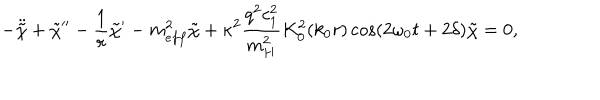
- \ddot { \tilde { \chi } } + \tilde { \chi } ^ { \prime \prime } - \frac { 1 } { r } \tilde { \chi } ^ { \prime } - m _ { e f f } ^ { 2 } \tilde { \chi } + \kappa ^ { 2 } \frac { q ^ { 2 } c _ { 1 } ^ { 2 } } { m _ { H } ^ { 2 } } K _ { 0 } ^ { 2 } ( k _ { 0 } r ) \cos ( 2 \omega _ { 0 } t + 2 \delta ) \tilde { \chi } = 0 ,